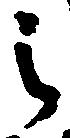
之